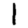
Digit: 1